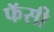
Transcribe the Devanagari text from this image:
फॅसी